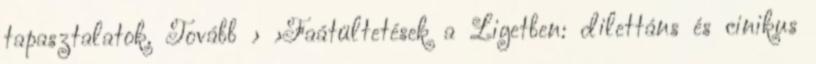
tapasztalatok. Tovább › ›Faátültetések a Ligetben: dilettáns és cinikus